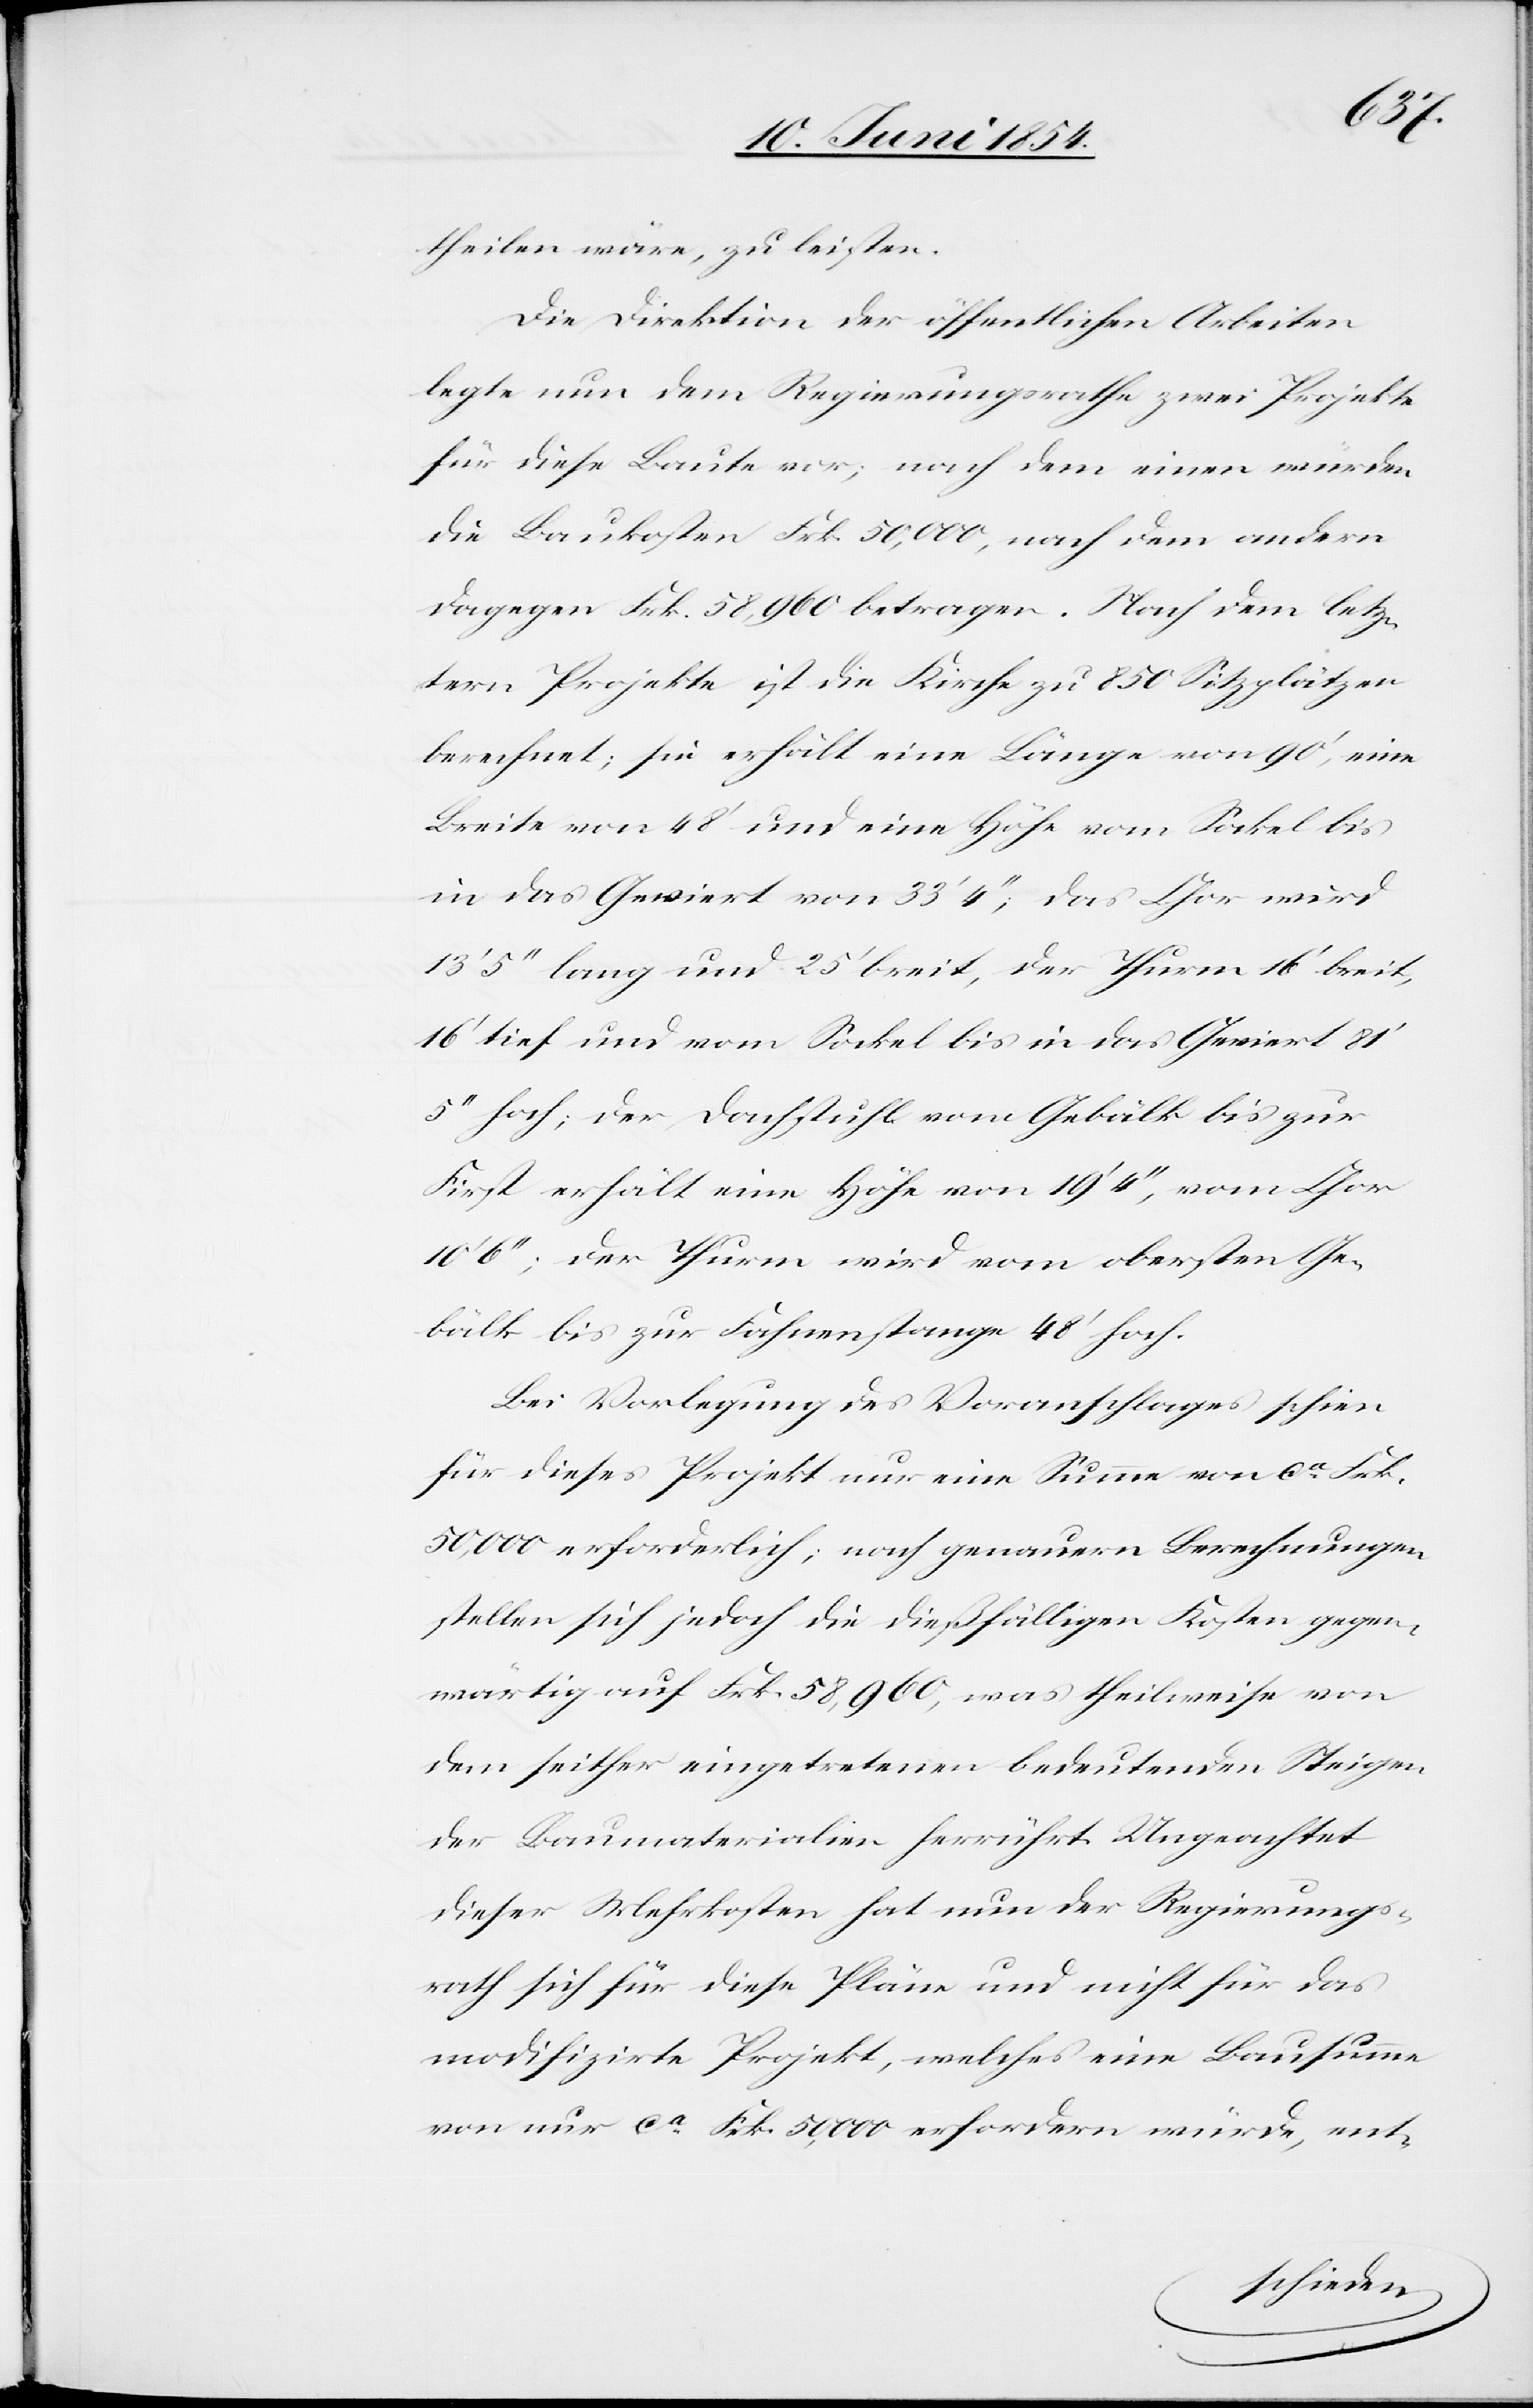
theilen wäre, zu leisten.
Die Direktion der öffentlichen Arbeiten
legte nun dem Regierungsrathe zwei Projekte
für diese Baute vor; nach dem einen würden
die Baukosten Frk. 50,000, nach dem andern
dagegen Frk. 58,960 betragen. Nach dem letz¬
tern Projekte ist die Kirche zu 850 Sitzplätzen
berechnet; sie erhält eine Länge von 90‘, eine
Breite von 48‘ und eine Höhe vom Sockel bis
in das Geviert von 33‘ 4‘‘; das Chor wird
13‘ 5‘‘ lang und 25‘ breit, der Thurm 16‘ breit,
16‘ tief und vom Sockel bis in das Geviert 81‘
5‘‘ hoch; der Dachstuhl vom Gebälk bis zur
First erhält eine Höhe von 19‘ 4‘‘, vom Chor
10‘ 6‘‘; der Thurm wird vom obersten Ge¬
bälk bis zur Fahnenstange 48‘ hoch.
Bei Vorlegung des Voranschlages schien
für dieses Projekt nur eine Summe von ca Frk.
50,000 erforderlich; nach genauern Berechnungen
stellen sich jedoch die dießfälligen Kosten gegen¬
wärtig auf Frk. 58,960, was theilweise von
dem seither eingetretenen bedeutenden Steigen
der Baumaterialien herrührt. Ungeachtet
dieser Mehrkosten hat nun der Regierungs¬
rath sich für diese Pläne und nicht für das
modifizirte Projekt, welches eine Bausumme
von nur ca Frk. 50,000 erfordern würde, ent-